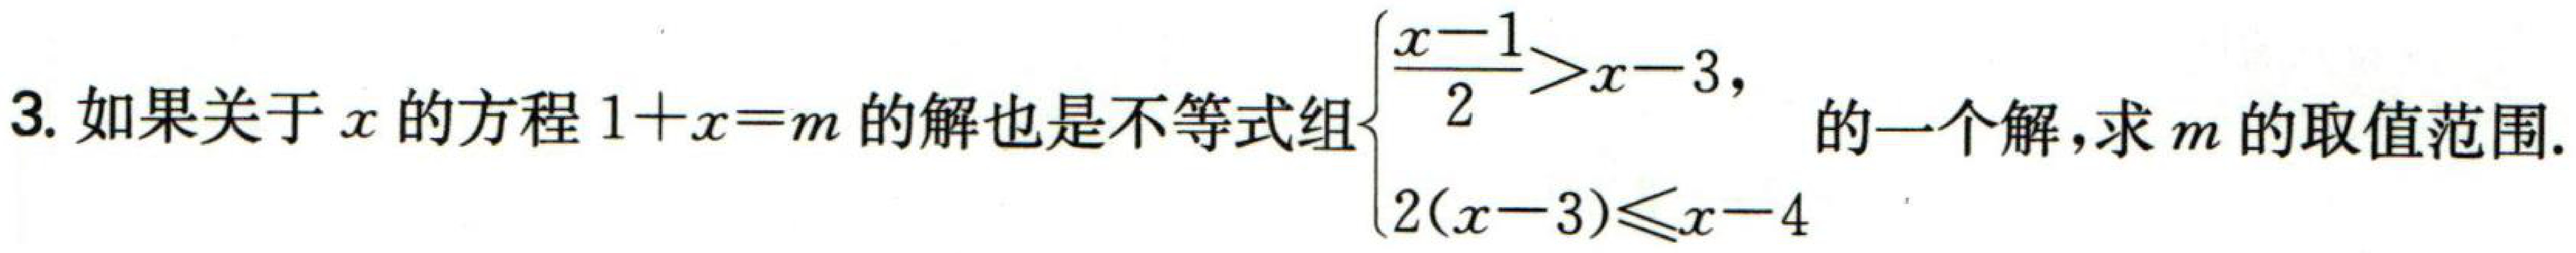
3. 如果关于\(x\)的方程\(1 + x = m\)的解也是不等式组\(\begin{cases}\dfrac{x - 1}{2}>x - 3,\\2(x - 3)\leqslant x - 4\end{cases}\)的一个解,求\(m\)的取值范围.